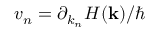
v _ { n } = \partial _ { k _ { n } } H ( \mathbf { k } ) / \hbar